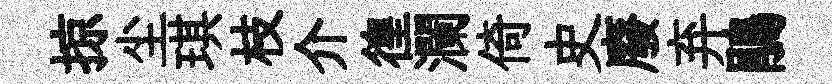
掠尘琪枝介徨瀾倚史廢弃鵑